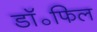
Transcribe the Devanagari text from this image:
डॉ॰फिल